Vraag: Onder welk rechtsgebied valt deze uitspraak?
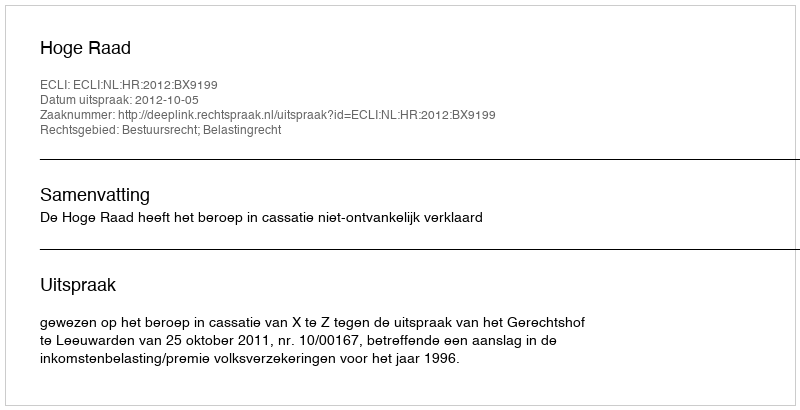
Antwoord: Bestuursrecht; Belastingrecht